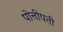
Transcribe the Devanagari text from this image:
पोत्तीपती